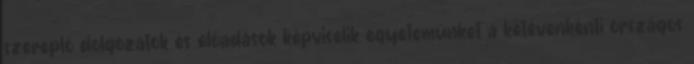
szereplő dolgozatok és előadások képviselik egyetemünket a kétévenkénti országos